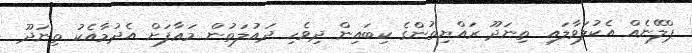
ޕްލޭނެއް އެކުލަވާލައި ތިނަދޫ ރައްޔިތުންގެ ކިބައިން ދިވެހި ދައުލަތުން މަޢާފަށް އެދުމާއެކު ތިނަދޫ